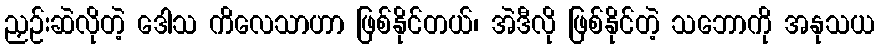
ညှဉ်းဆဲလိုတဲ့ ဒေါသ ကိလေသာဟာ ဖြစ်နိုင်တယ်၊ အဲဒီလို ဖြစ်နိုင်တဲ့ သဘောကို အနုသယ